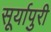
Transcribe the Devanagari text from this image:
सूर्यापुरी